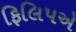
ફિલિપએ